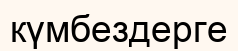
күмбездерге